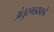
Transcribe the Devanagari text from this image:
अंतुरगडाकडे